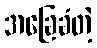
အခြေခံတဲ့